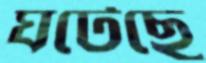
ঘটেছে